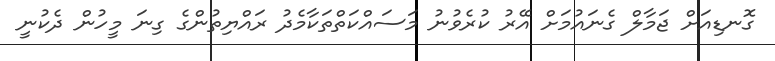
ގޮނޑިއަށް ޖަމާލް ގެނައުމަށް އޭރު ކުރެވުނު މަސައްކަތްތަކާމެދު ރައްޔިތުންގެ ގިނަ މީހުން ދެކުނީ